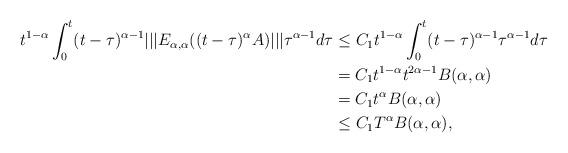
LaTeX: \begin{align*}t^{1-\alpha }\int_{0}^{t}(t-\tau )^{\alpha -1}||| E_{\alpha ,\alpha}((t-\tau )^{\alpha }A)||| \tau ^{\alpha -1}d\tau & \leq C_{1}t^{1-\alpha}\int_{0}^{t}(t-\tau )^{\alpha -1}\tau ^{\alpha -1}d\tau \\& =C_{1}t^{1-\alpha }t^{2\alpha -1}B (\alpha ,\alpha ) \\& =C_{1}t^{\alpha }B (\alpha ,\alpha ) \\& \leq C_{1}T^{\alpha }B (\alpha ,\alpha ),\end{align*}